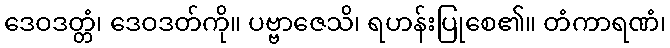
ဒေဝဒတ္တံ၊ ဒေဝဒတ်ကို။ ပဗ္ဗာဇေသိ၊ ရဟန်းပြုစေ၏။ တံကာရဏံ၊